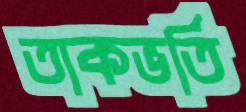
তাকভর্তি